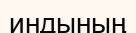
индының